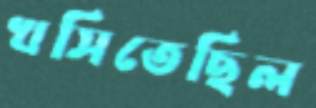
খসিতেছিল